Leaving Certificate Examination, 1916
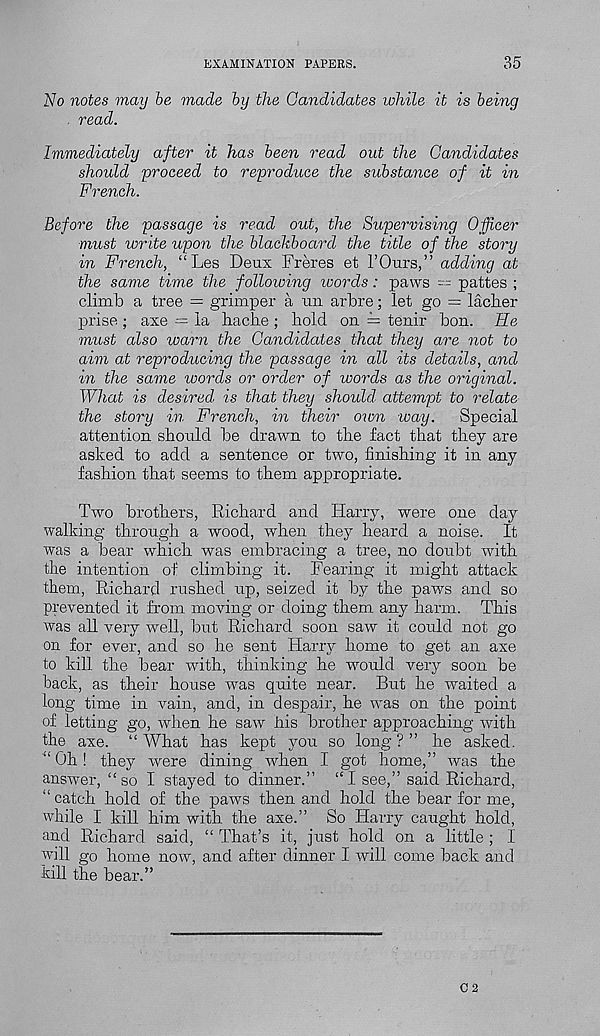
EXAMINATION PAPERS.
35
No notes may be made by the Candidates while it is being
. read.
Immediately after it has been read oat the Candidates
should 'proceed to reproduce the substance of it in
French.
Before the passage is read out, the Supervising Officer
must write upon the blackboard the title of the story
in French, “ Les Deux Freres et I’Ours,” adding at
the same time the following ivords: paws = pattes ;
climb a tree = grimper a un arbre; let go = laclier
prise ; axe — la haclie ; hold on == tenir bon. He
must also warn the Candidates that they are not to
aim at reproducing the passage in all its details, and
in the same words or order of words as the original.
What is desired is that they should attempt to relate
the story in French, in their own way.
Special
attention should be drawn to the fact that they are
asked to add a sentence or two, finishing it in any
fashion that seems to them appropriate.
Two brothers, Richard and Harry, were one day
walking through a wood, when they heard a noise. It
was a bear which was embracing a tree, no doubt with
the intention of climbing it. Fearing it might attack
them, Richard rushed up, seized it by the paws and so
prevented it from moving or doing them any harm. This
was all very well, but Richard soon saw it could not go
on for ever, and so he sent Harry home to get an axe
to kill the bear with, thinking he would very soon be
back, as their house was quite near. But he waited a
long time in vain, and, in despair, he was on the point
of letting go, when he saw his brother approaching with
the axe. “What has kept you so long?” he asked.
“ Oh! they were dining when I got home,” was the
answer, “so I stayed to dinner.” “I see,” said Richard,
“catch hold of the paws then and hold the bear for me,
while I kill him with the axe.” So Harry caught hold,
and Richard said, “ That’s it, just hold on a little ; I
wiH go home now, and after dinner I will come back and
kill the bear.”
02